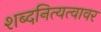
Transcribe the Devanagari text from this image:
शब्दनित्यत्वावर